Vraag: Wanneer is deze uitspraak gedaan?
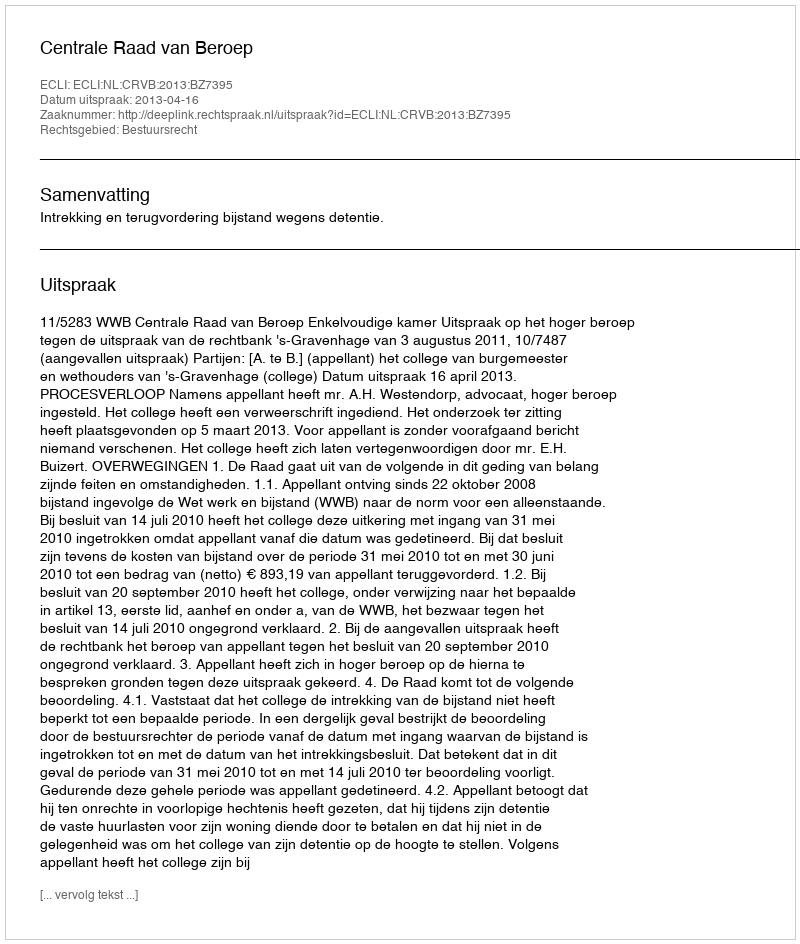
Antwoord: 2013-04-16